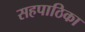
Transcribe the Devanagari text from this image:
सहपाठिका